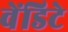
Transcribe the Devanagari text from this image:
वेंडिटे